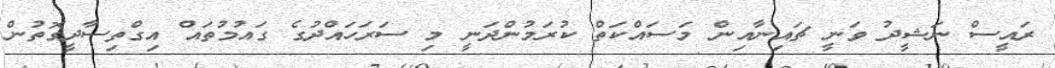
ރައީސް ނަޝީދު ވަނީ ޗައިނާއިން މަސައްކަތް ކުރަމުންދަނީ މި ސަރަހައްދުގެ ގައުމުތައް އިގްތިސާދީގޮތުން